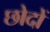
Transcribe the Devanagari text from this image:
छोदों